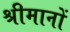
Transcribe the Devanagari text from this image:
श्रीमानों